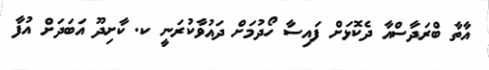
އާތާ ބްރަދާސްއާ ދެކޮޅަށް ފައިސާ ހޯދުމަށް ދައުވާކުރަނީ ކ. ކާށިދޫ އަބަދަށް އުފާ